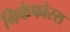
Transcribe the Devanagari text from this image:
निकेफोरस